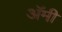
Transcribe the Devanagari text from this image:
अॅमी